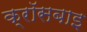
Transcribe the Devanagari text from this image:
क्रॉसबाइ